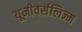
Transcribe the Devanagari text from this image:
यूनीवर्सलिज्म